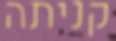
קניתה